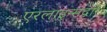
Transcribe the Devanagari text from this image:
एरलाइन्सद्वारे